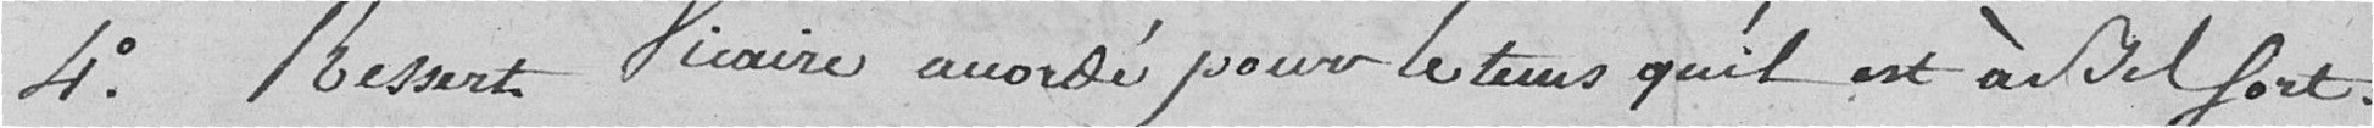
4°. Ressert Vicaire accordé pour le temps qu'il est à Belfort